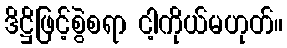
ဒိဋ္ဌိဖြင့်စွဲစရာ ငါ့ကိုယ်မဟုတ်။